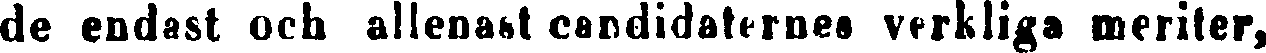
de endast och allenast candidaternes verkliga meriter,